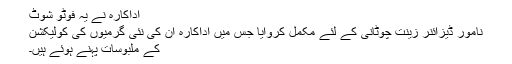
اداکارہ نے یہ فوٹو شوٹ
نامور ڈیزائنر زینت چوٹانی کے لئے مکمل کروایا جس میں اداکارہ ان کی نئی گرمیوں کی کولیکشن
کے ملبوسات پہنے ہوئے ہیں۔